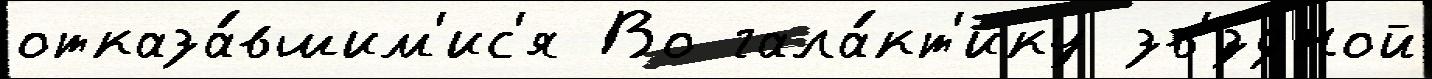
отказа́вшим'ис'я Во гала́кт'ику зв'́здной